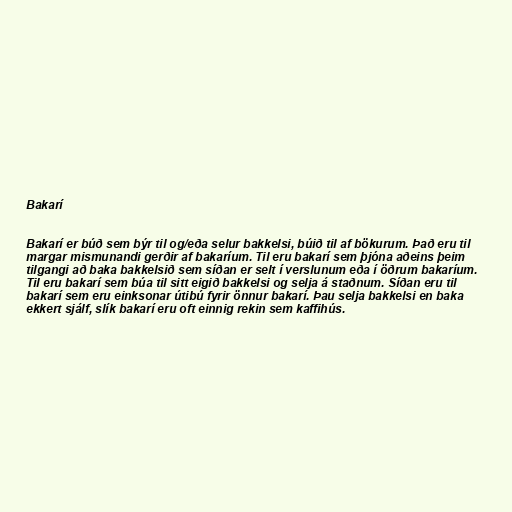
Bakarí

Bakarí er búð sem býr til og/eða selur bakkelsi, búið til af bökurum. Það eru til
margar mismunandi gerðir af bakaríum. Til eru bakarí sem þjóna aðeins þeim
tilgangi að baka bakkelsið sem síðan er selt í verslunum eða í öðrum bakaríum.
Til eru bakarí sem búa til sitt eigið bakkelsi og selja á staðnum. Síðan eru til
bakarí sem eru einksonar útibú fyrir önnur bakarí. Þau selja bakkelsi en baka
ekkert sjálf, slík bakarí eru oft einnig rekin sem kaffihús.